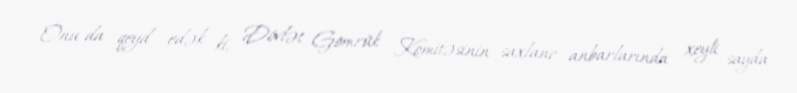
Onu da qeyd edək ki, Dövlət Gömrük Komitəsinin saxlanc anbarlarında xeyli sayda